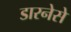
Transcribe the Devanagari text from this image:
डारनेसे